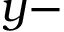
y -